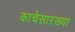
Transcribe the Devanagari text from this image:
काचेसारख्या